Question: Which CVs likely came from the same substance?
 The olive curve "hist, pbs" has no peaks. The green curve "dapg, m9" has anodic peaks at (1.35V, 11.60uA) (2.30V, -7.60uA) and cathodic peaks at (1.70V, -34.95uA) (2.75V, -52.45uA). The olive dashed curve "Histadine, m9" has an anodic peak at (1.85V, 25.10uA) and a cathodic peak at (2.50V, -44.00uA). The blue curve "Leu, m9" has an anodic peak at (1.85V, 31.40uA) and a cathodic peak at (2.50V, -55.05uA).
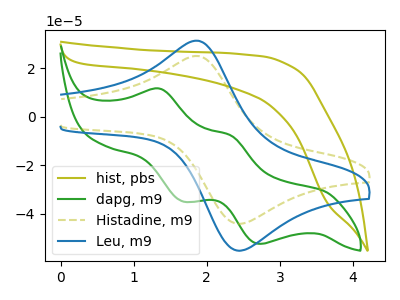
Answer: <think>"hist, pbs" and "dapg, m9" have a different number of peaks. "hist, pbs" and "Histadine, m9" have a different number of peaks. "hist, pbs" and "Leu, m9" have a different number of peaks. "dapg, m9" and "Histadine, m9" have a different number of peaks. "dapg, m9" and "Leu, m9" have a different number of peaks. All the peaks in "Histadine, m9" have a peak in "Leu, m9" at the same potential. Every peak in "Histadine, m9" is lower than every peak in "Leu, m9".
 </think>
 <answer>"Leu, m9" and "Histadine, m9" have the same shape and are likely CV's of the same chemical.</answer>
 <eval>"Leu, m9" "Histadine, m9"</eval>